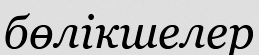
бөлікшелер